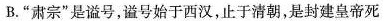
B. ”肃宗”是谥号，谥号始于西汉，止于清朝，是封建皇帝死